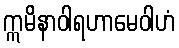
ဣမိနာဝါရဟာမေဝါဟံ